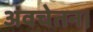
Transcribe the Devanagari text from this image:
अवचेतन।